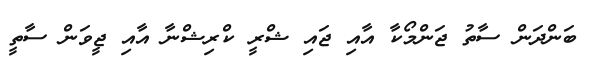
ބަންދަން ސާތު ޖަންމޯކާ އާއި ޖައި ޝްރީ ކްރިޝްނާ އާއި ޖީވަން ސާތީ